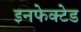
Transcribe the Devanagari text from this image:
इनफेक्टेड